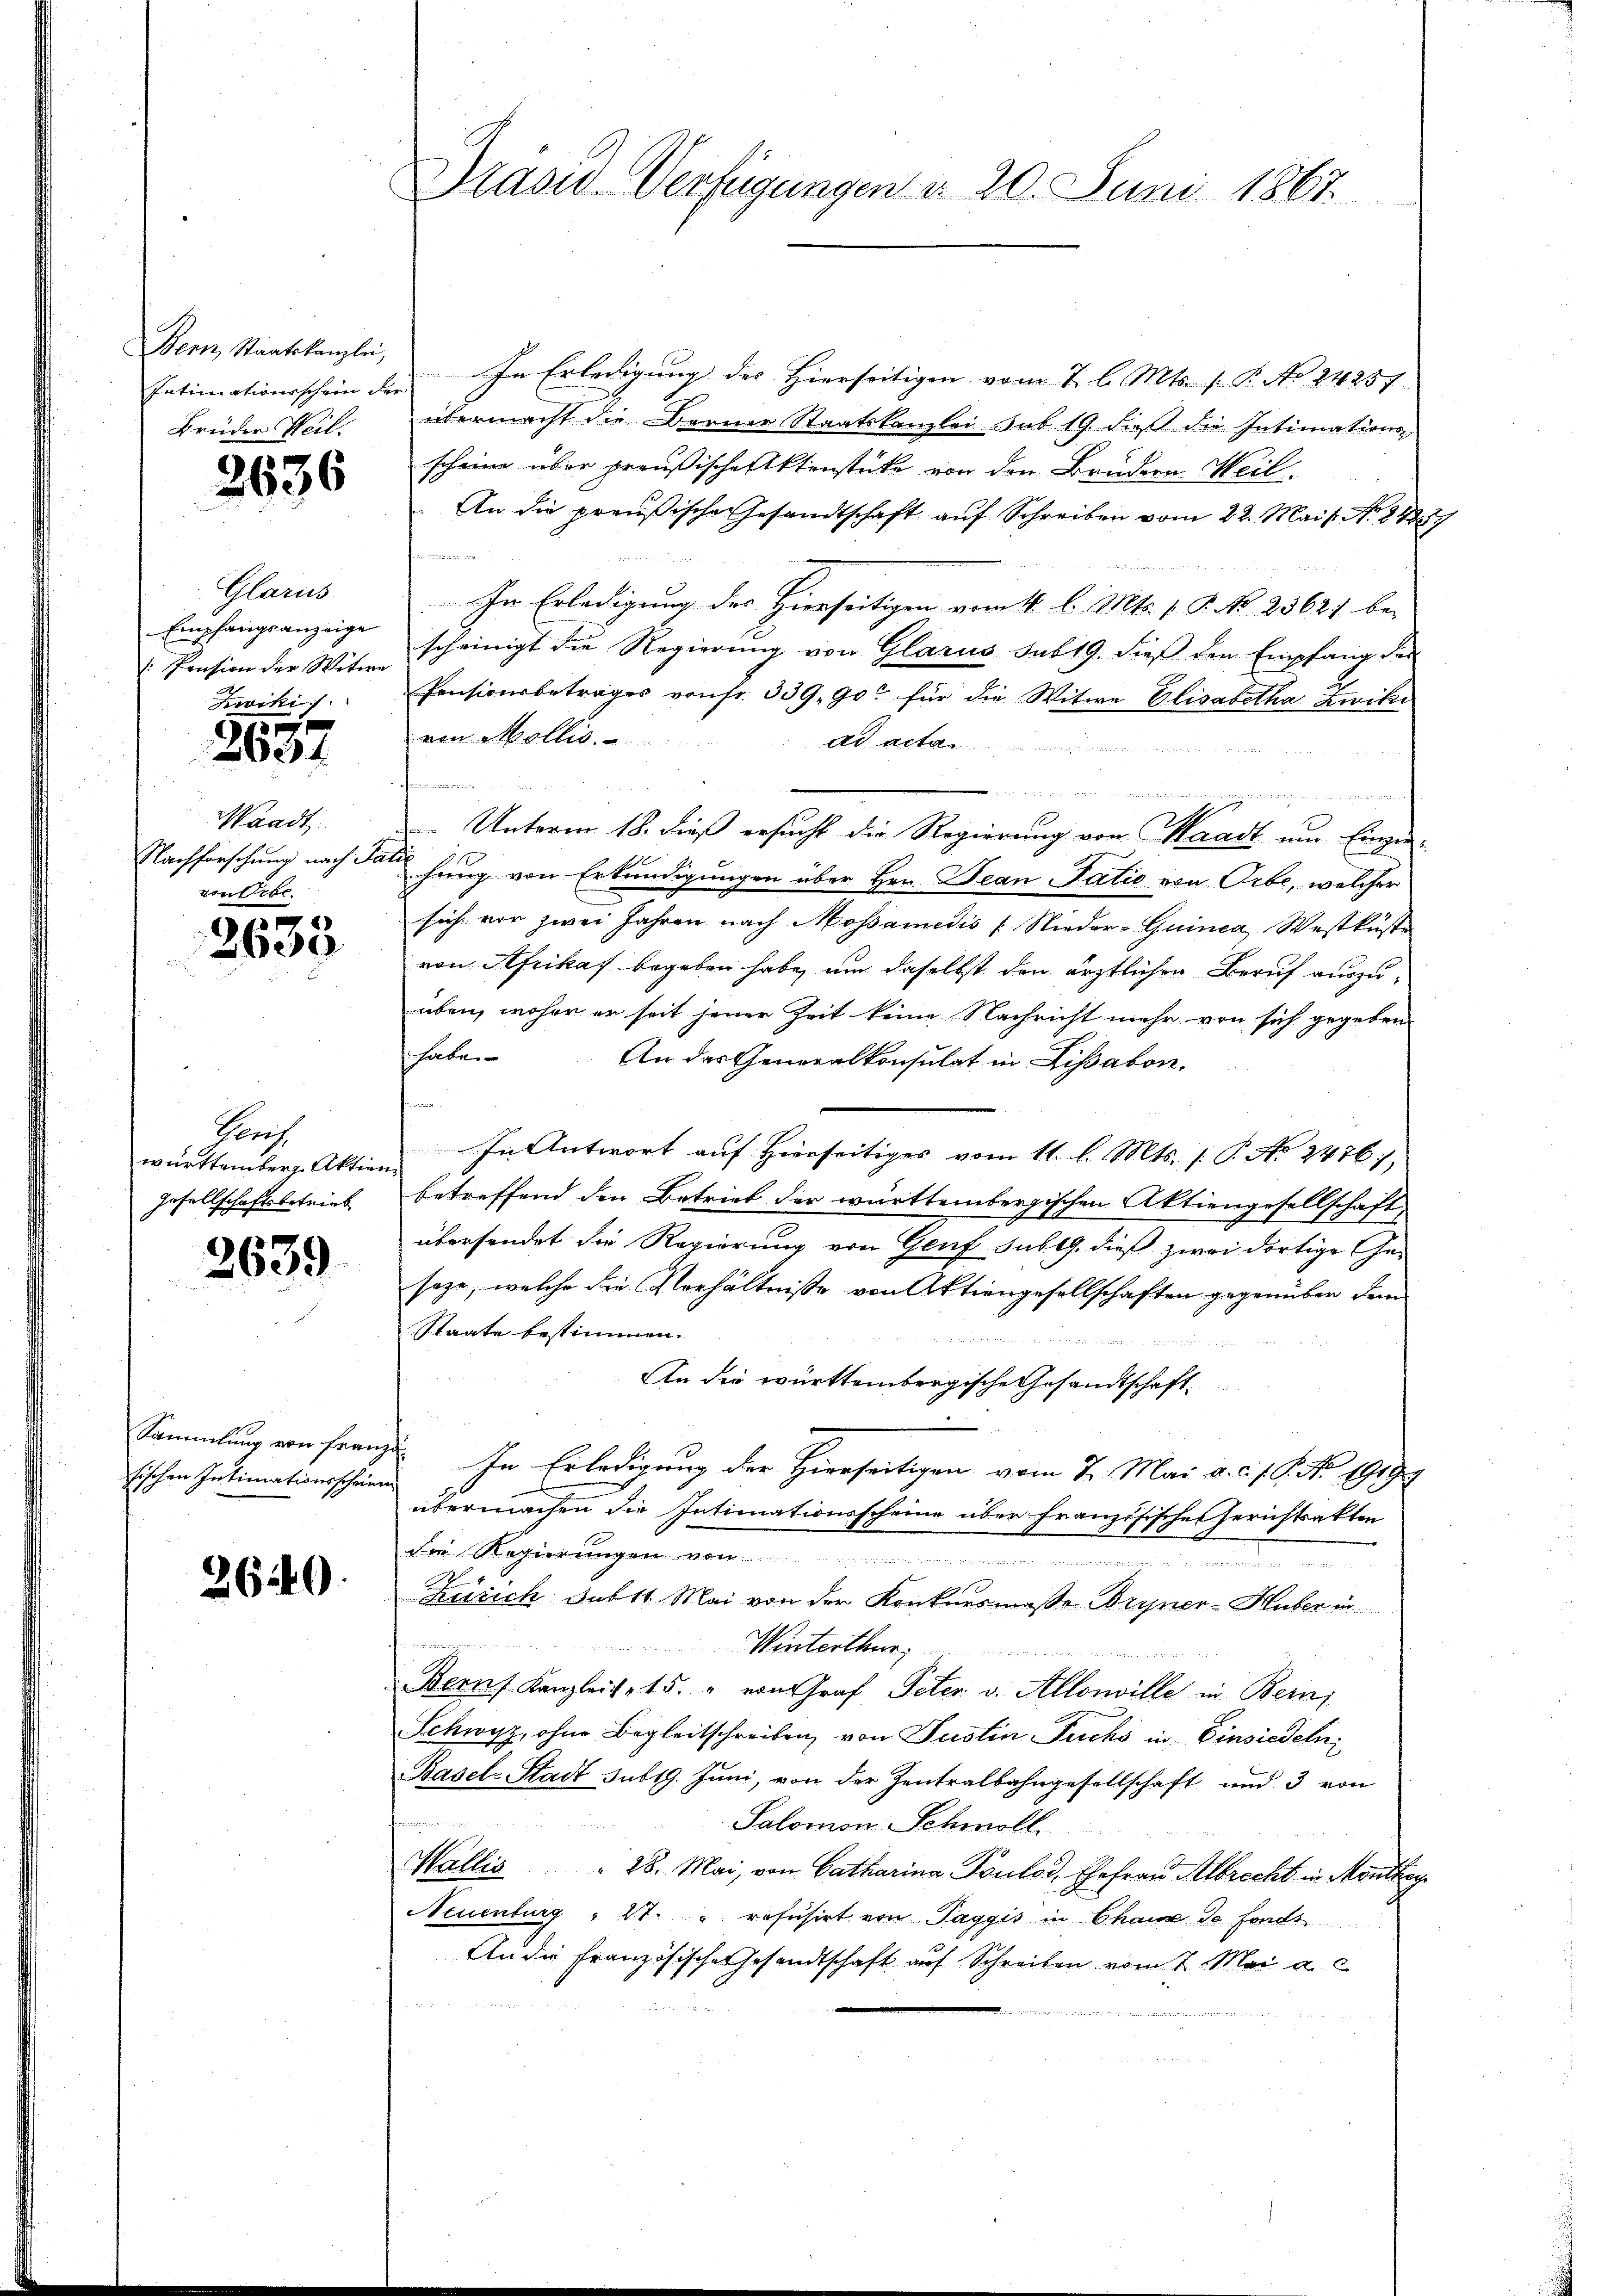
Intimationsschein der
Brüder Weil.

2636

Glarus
Empfangsanzeige
: Pension der Witwe
Koiki

2637

Waadt
Nachforschung nach Ja
von Erbe

2633

Prof.
württemberg. Aktien
Gesellschaftsbetrieb

2639

Sammlung von Franz
sischen Intimationsschein

2640.

Präsid. Verfügungen d. 20. Juni 1867.

Bern, Staatskanzlei. In Erledigung des Hierseitigen vom 7. l. Mts. f. P. No 24257
übermacht die Berner Staatskanzlei sub 19. dieß die Intimations-
scheine über preußische Aktenstücke von der Brudern Weil
An die preußische Gesandtschaft auf Schreiben vom 22. Mais No 8481.
e

In Erledigung des Hierseitigen vom 16. l. Mts. 1 P. N. 25621 bei
scheinigt die Regierung von Glarus sub 19. dieß den Empfang des
Pensionsbetrages von fr. 339, 90 für die Witwe Elisabetha Zwike
von Mollis.
Ad.
kammen

E
Unterm 18. dieß ersucht die Regierung von Waadt um Einzief
hung von Erkundigungen über Hrn. Jean Patio von Orbe, welcher
sich vor zwei Jahren nach Mossamesis [Nieder-Guinca Westküste
von Afrikas begeben habe, um daselbst den ärztlichen Beruf auszuüben, woher er seit jener Zeit keine Nachricht mehr von sich gegeben
habe.
An das Generalkonsulat in Lissabon.
In Antwort auf Hierseitiges vom 11. l. Mts. (T. No 2476.
betreffend den Betrieb der württembergischen Aktiengesellschaft
übersendet die Regierung von Genf sub 19. dieß zwei dortige Gesaze, welche die Verhältnisse von Aktiengesellschaften gegenüber dem
Staate bestimmen.

An die württembregische Gesandtschaft
.
2. In Erledigung der Hierseitigen vom 7. Mai a. c. J. C. No. 1919.
übermachen die Intimationsscheine über französisches Gerichtsatten
Die Regierungen von

r dieser und
Zürich Subst. Mai von der Konkursmasse Bryner-Huber in
e
Winterthur
Bern Kanzleit 15. " von Graf Peter v. Allonville in Bein
Schwyz, ohne Begleitschreiben von Justin Fuchs in Einsiedeln
Basel-Stadt sub 19. Juni, von der Zentralbahngesellschaft und 3 von
Salomon Schmoll.
Wallis " 28. Mai, von Catharina Pontod, Ehefrau Albrecht in Monthey
Neuenburg " St. u. refusirt von Taggis in Chaux de fonds
An die Französische Gesandtschaft auf Schreiben vom 2. Mai a. c.